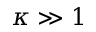
\kappa \gg 1